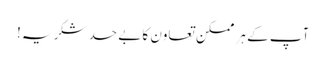
آپ کے ہر ممکن تعاون کا بے حد شکریہ!